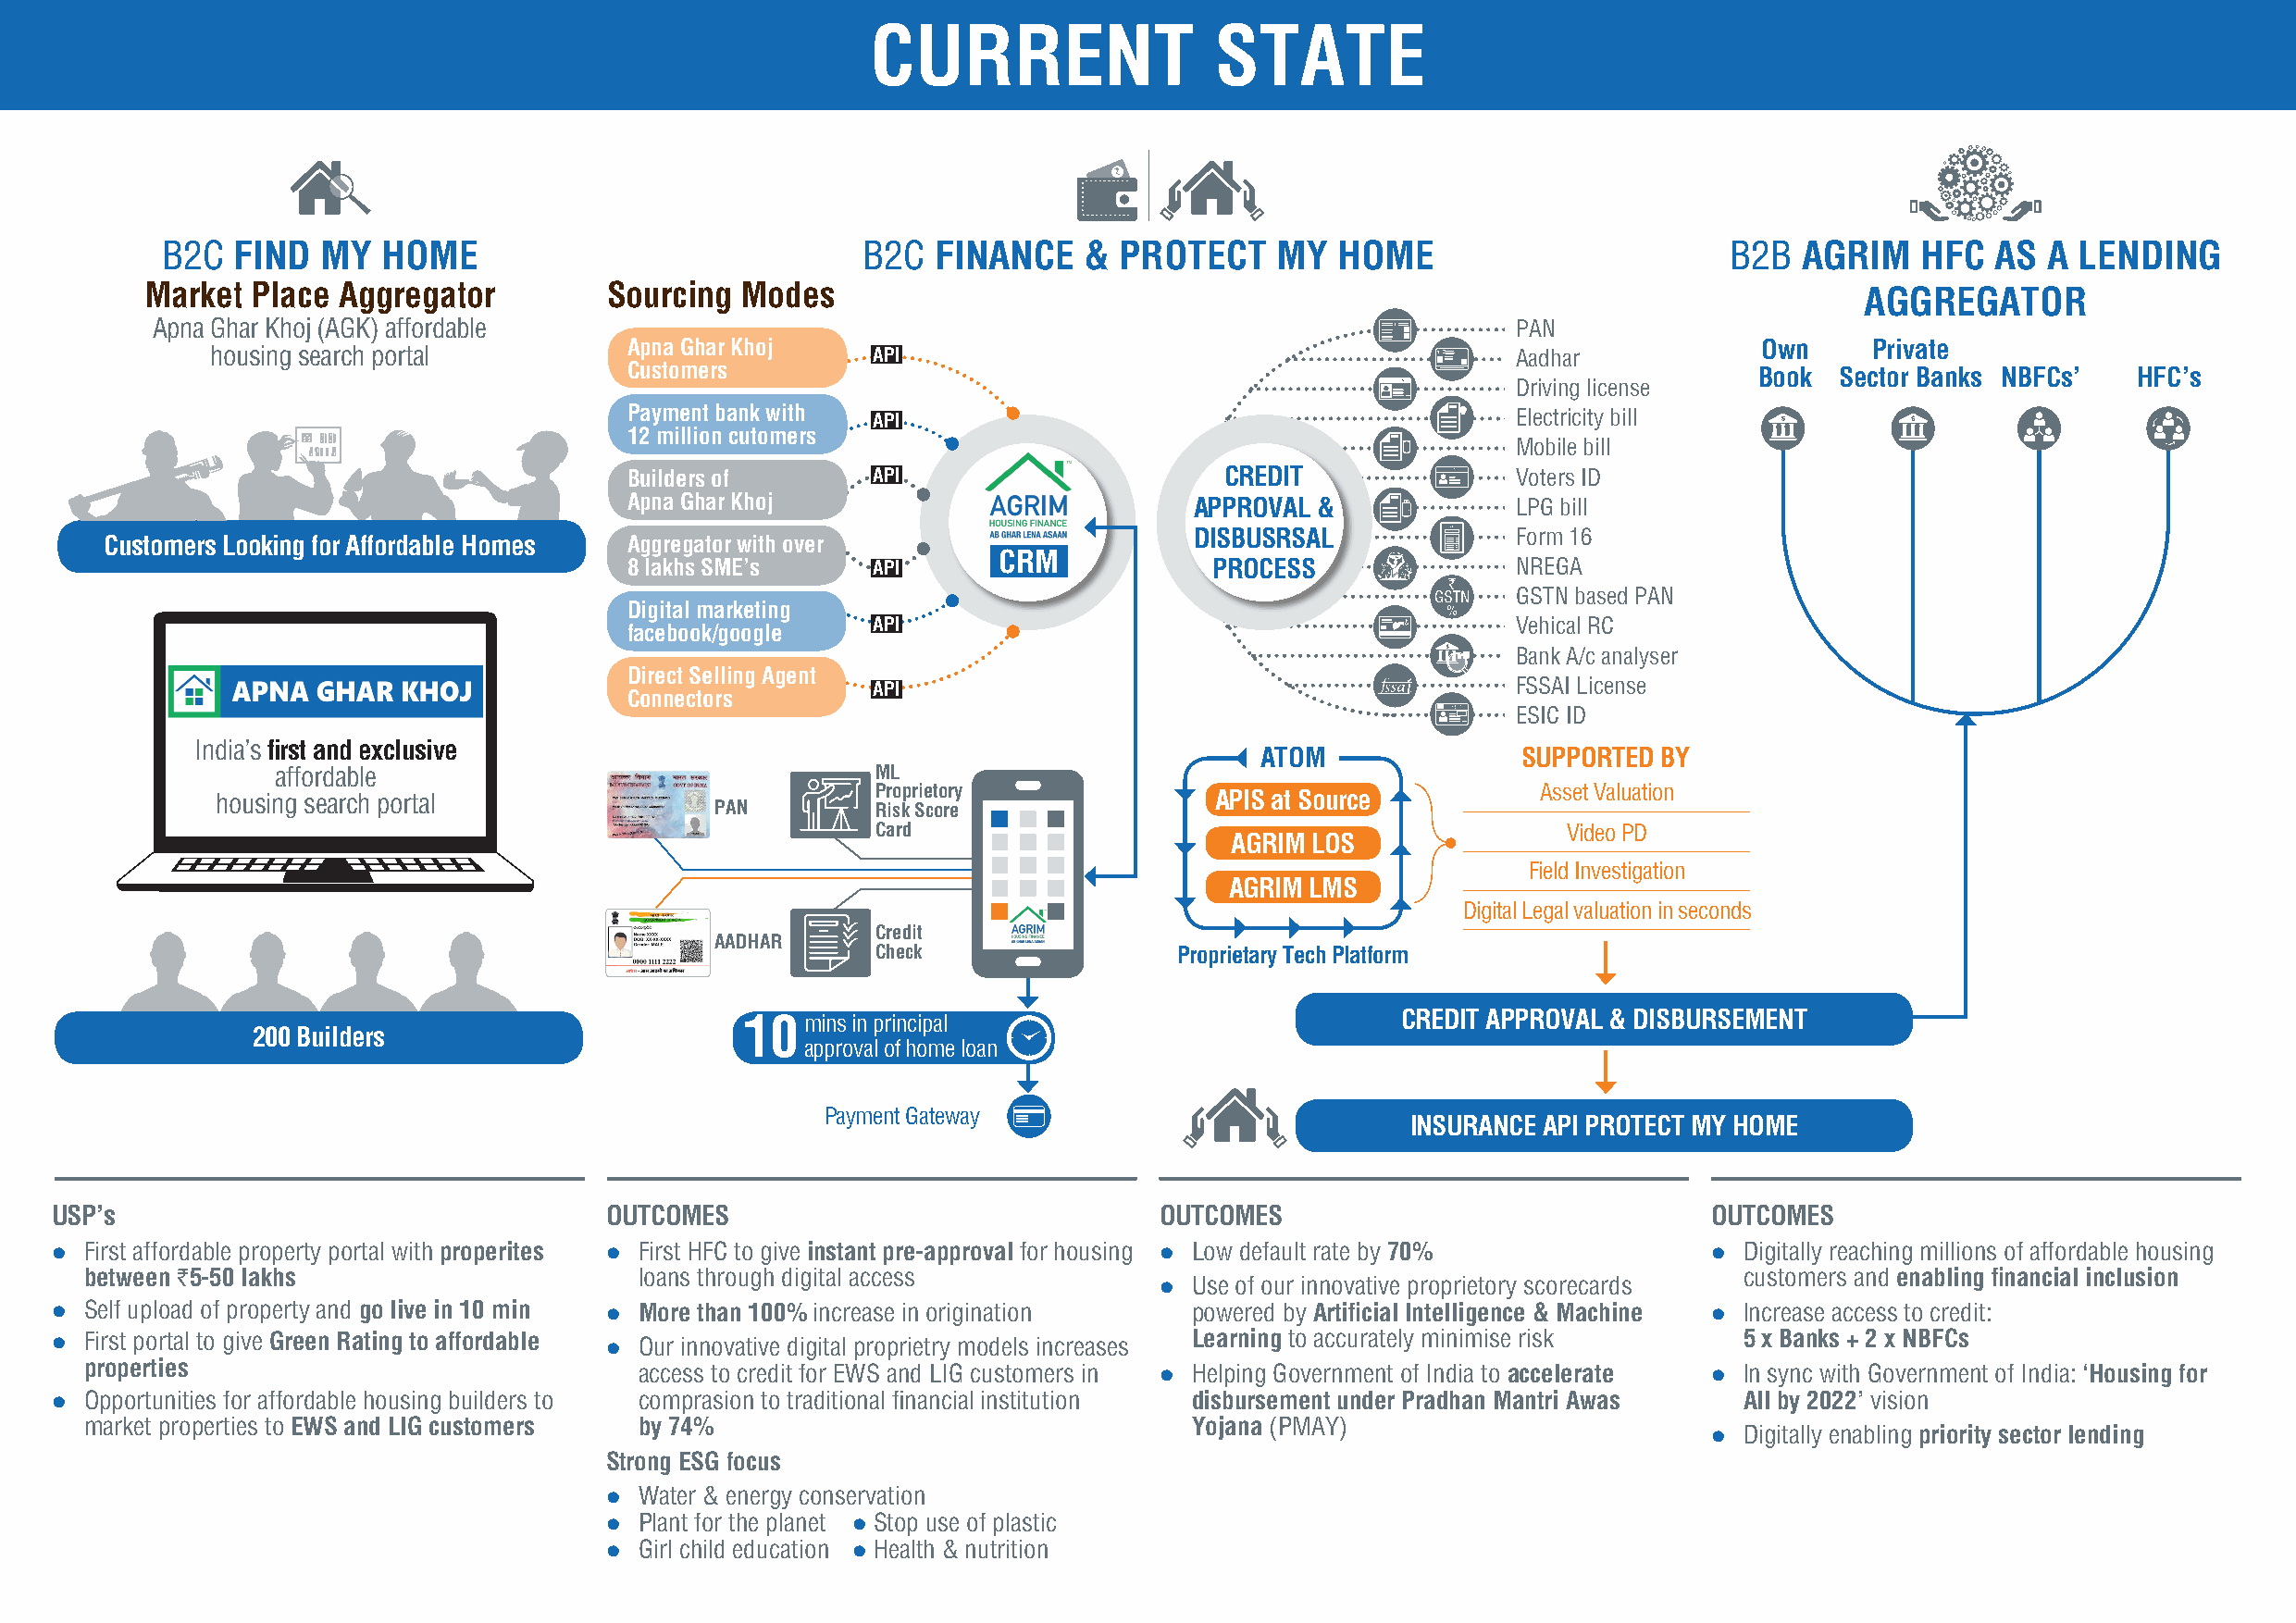
CURRENT                  STATE
 B2C  FIND  MY  HOME                               B2C  FINANCE    & PROTECT    MY   HOME                        B2B  AGRIM   HFC   AS A  LENDING
 Market  Place Aggregator         Sourcing  Modes                                                                           AGGREGATOR
 Apna Ghar Khoj (AGK) affordable                                                                  PAN
 housing search portal         Apna Ghar Khoj   API                                           Aadhar            Own     Private
 Customers                                                                        Book  Sector Banks NBFCs’  HFC’s
 Driving license
 Payment bank with API                                          Electricity bill
 12 million cutomers
 Mobile bill
 Builders of      API                       CREDIT              Voters ID
 Apna Ghar Khoj                          APPROVAL &             LPG bill
 DISBUSRSAL             Form 16
 Customers Looking for Affordable Homes Aggregator with over
 CRM
 8 lakhs SME’s    API                      PROCESS              NREGA
 GSTN based PAN
 Digital marketing
 API                                           Vehical RC
 facebook/google
 Bank A/c analyser
 Direct Selling Agent
 FSSAI License
 API
 Connectors
 ESIC ID
 India’s first and exclusive
 ATOM               SUPPORTED BY
 affordable                                 ML
 Proprietory                                    Asset Valuation
 housing search portal                                                   APIS at Source
 PAN         Risk Score
 Card                                             Video PD
 AGRIM LOS
 Field Investigation
 AGRIM LMS
 Digital Legal valuation in seconds
 Credit
 AADHAR
 Check                Proprietary Tech Platform
 10mins  in principal                           CREDIT APPROVAL & DISBURSEMENT
 200 Builders
 approval of home loan
 Payment Gateway
 INSURANCE API PROTECT MY HOME
 USP’s                                  OUTCOMES                                OUTCOMES                               OUTCOMES
 l F irst affordable property portal with properites l F irst HFC to give instant pre-approval for housing l L ow default rate by 70% l D igitally reaching millions of affordable housing
 between `5-50 lakhs                     loans through digital access                                                   customers and enabling financial inclusion
 l Use of our innovative proprietory scorecards
 l S elf upload of property and go live in 10 min l More than 100% increase in origination powered by Artificial Intelligence & Machine l lncrease access to credit:
 l First portal to give Green Rating to affordable l O ur innovative digital proprietry models increases Learning to accurately minimise risk 5 x Banks + 2 x NBFCs
 properties                              access to credit for EWS and LIG customers in l Helping Government of India to accelerate l ln sync with Government of India: ‘Housing for
 l O pportunities for affordable housing builders to comprasion to traditional financial institution disbursement under Pradhan Mantri Awas All by 2022’ vision
 market properties to EWS and LIG customers by 74%                              Yojana (PMAY)
 l  Digitally enabling priority sector lending
 Strong ESG focus
 l  Water & energy conservation
 l  Plant for the planet l Stop use of plastic
 l  Girl child education l Health & nutrition